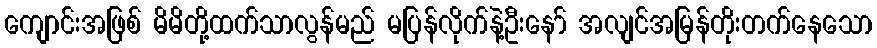
ကျောင်းအဖြစ် မိမိတို့ထက်သာလွန်မည် မပြန်လိုက်နဲ့ဦးနော် အလျင်အမြန်တိုးတက်နေသော